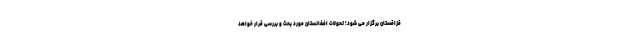
قزاقستان برگزار می شود؛ تحولات افغانستان مورد بحث و بررسی قرار خواهد